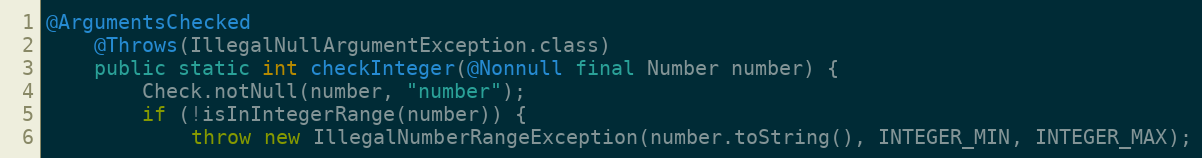
Language: Java
@ArgumentsChecked
	@Throws(IllegalNullArgumentException.class)
	public static int checkInteger(@Nonnull final Number number) {
		Check.notNull(number, "number");
		if (!isInIntegerRange(number)) {
			throw new IllegalNumberRangeException(number.toString(), INTEGER_MIN, INTEGER_MAX);